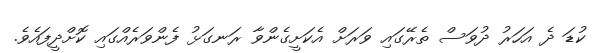
ކުޑަ ދެ އަހަރު ދުވަސް ތެރޭގައި ވަރަށް އެކަށީގެންވާ ރަނގަޅު ފެންވަރެއްގައި ކޮށްދީފައެވެ.